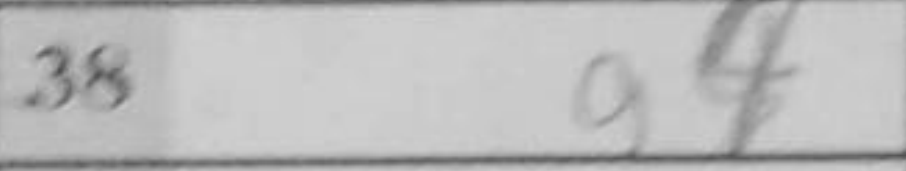
Transcription: a4